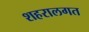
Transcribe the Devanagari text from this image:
शहरालगत